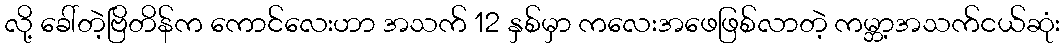
လို့ ခေါ်တဲ့ဗြိတိန်က ကောင်လေးဟာ အသက် 12 နှစ်မှာ ကလေးအဖေဖြစ်လာတဲ့ ကမ္ဘာ့အသက်ငယ်ဆုံး